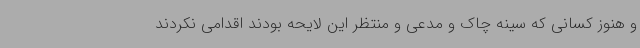
و هنوز کسانی که سینه چاک و مدعی و منتظر این لایحه بودند اقدامی نکردند